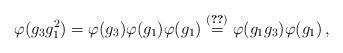
LaTeX: \begin{align*} \varphi (g_3 g^{2}_1) = \varphi (g_3) \varphi (g_1) \varphi (g_1) \overset{(\ref{eq:anti})}{=} \varphi (g_1 g_3) \varphi (g_1) \,,\end{align*}